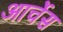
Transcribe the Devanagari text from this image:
आर्चेस